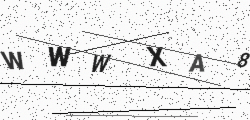
Text: WWWXA8